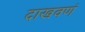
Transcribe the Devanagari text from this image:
दाखवणं